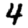
Digit: 4